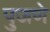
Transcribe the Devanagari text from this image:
पुजणे